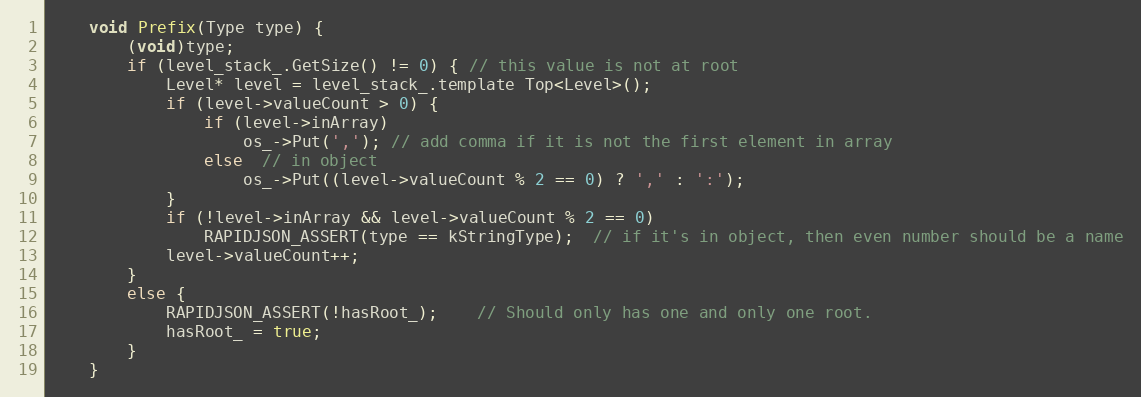
Language: C
    void Prefix(Type type) {
        (void)type;
        if (level_stack_.GetSize() != 0) { // this value is not at root
            Level* level = level_stack_.template Top<Level>();
            if (level->valueCount > 0) {
                if (level->inArray)
                    os_->Put(','); // add comma if it is not the first element in array
                else  // in object
                    os_->Put((level->valueCount % 2 == 0) ? ',' : ':');
            }
            if (!level->inArray && level->valueCount % 2 == 0)
                RAPIDJSON_ASSERT(type == kStringType);  // if it's in object, then even number should be a name
            level->valueCount++;
        }
        else {
            RAPIDJSON_ASSERT(!hasRoot_);    // Should only has one and only one root.
            hasRoot_ = true;
        }
    }